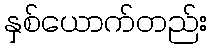
နှစ်ယောက်တည်း